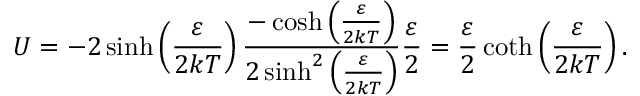
U = - 2 \sinh \left( { \frac { \varepsilon } { 2 k T } } \right) { \frac { - \cosh \left( { \frac { \varepsilon } { 2 k T } } \right) } { 2 \sinh ^ { 2 } \left( { \frac { \varepsilon } { 2 k T } } \right) } } { \frac { \varepsilon } { 2 } } = { \frac { \varepsilon } { 2 } } \coth \left( { \frac { \varepsilon } { 2 k T } } \right) .